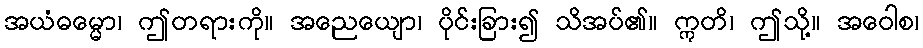
အယံဓမ္မော၊ ဤတရားကို။ အညေယျော၊ ပိုင်းခြား၍ သိအပ်၏။ ဣတိ၊ ဤသို့။ အဝေါစ၊